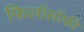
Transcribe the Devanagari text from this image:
फिलाॅसाॅफी